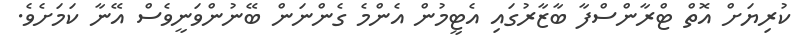
ކުރިޔަށް އޮތް ޓްރާންސްފާ ބާޒާރުގައި އެޓީމުން އެންމެ ގެންނަން ބޭނުންވަނީވެސް އޭނާ ކަމަށެވެ.